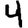
Digit: 4